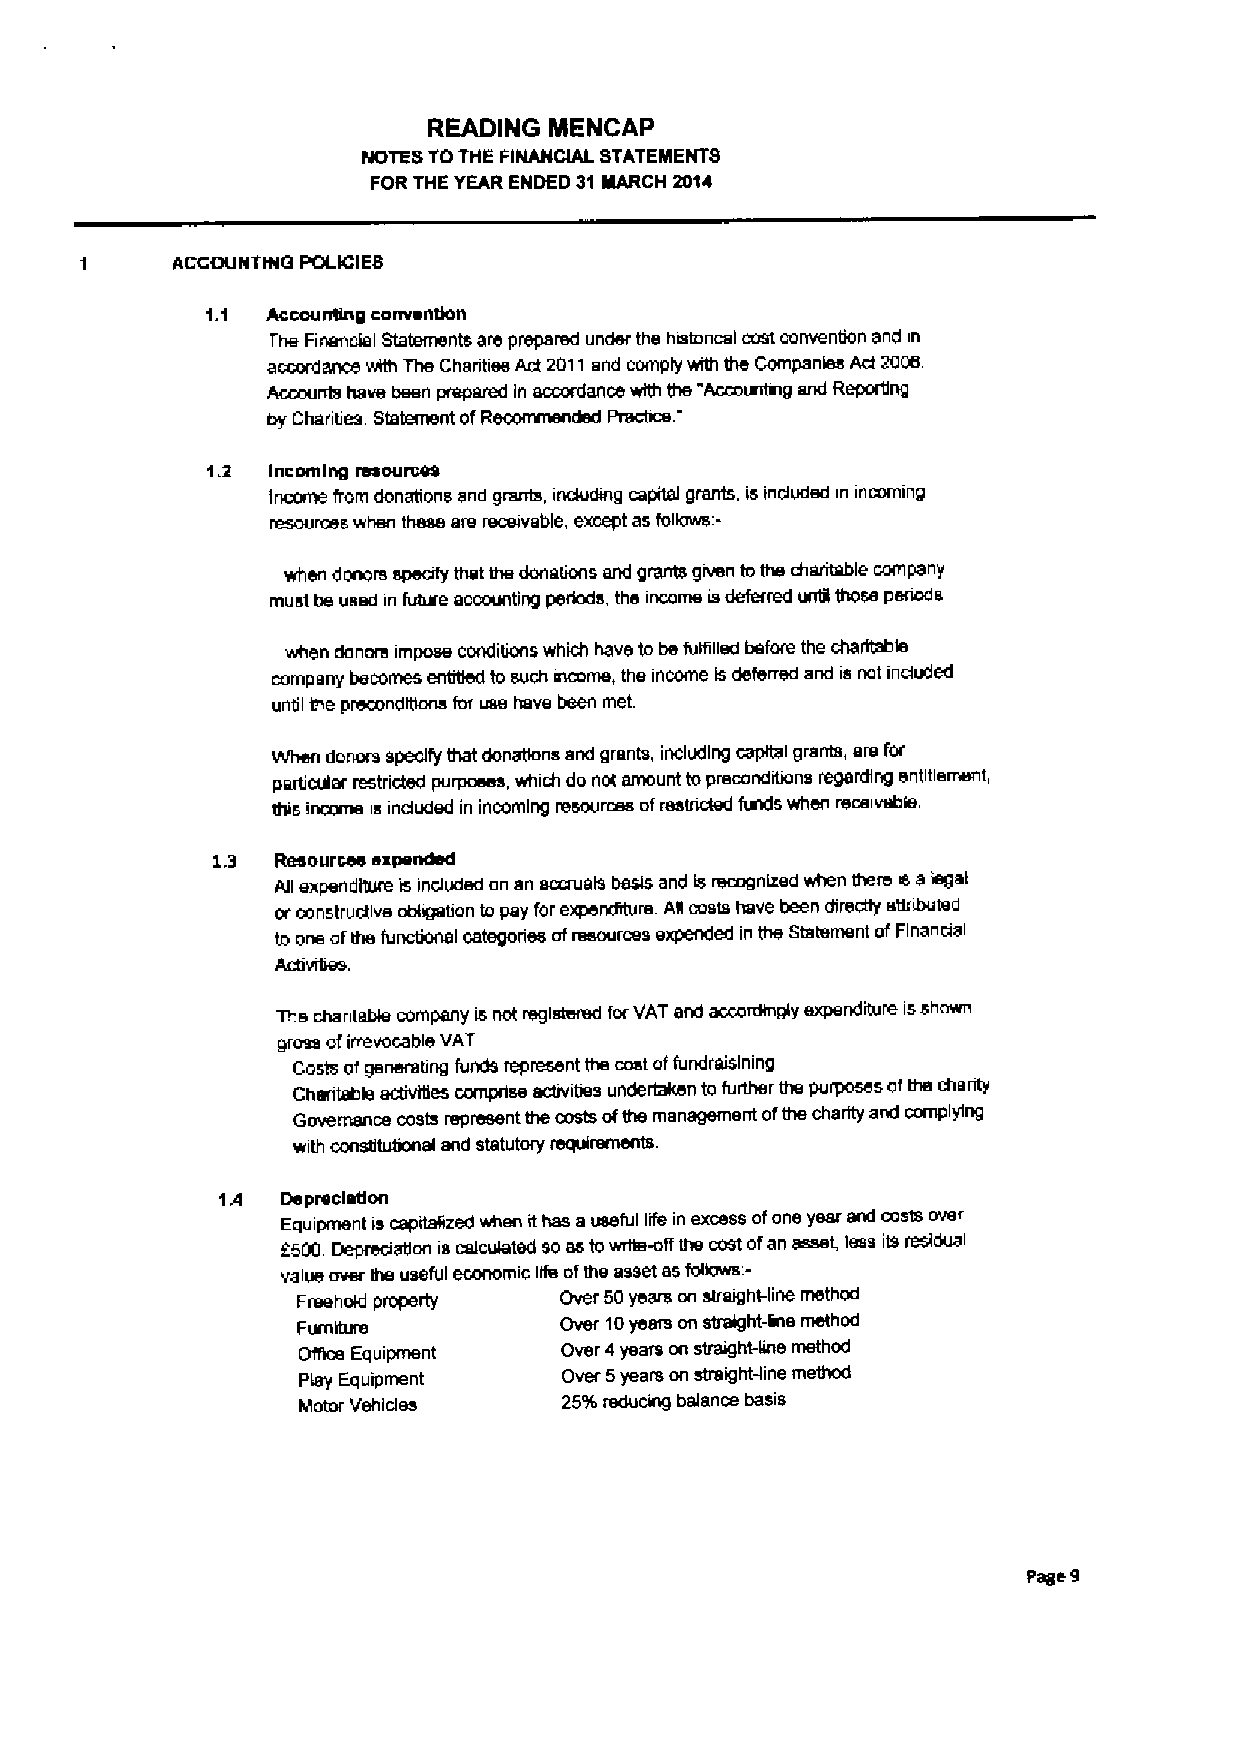
READING MENCAP
 NOTES TOTHE FINANCIAL STATEMENTS
 FOR THE YEAR ENDED 31 MARCH 2014
 ACCOUNTING POLICIES
 1.1 Accoungng canvendon
 The Finendel Statements are prepared under the histoncal cost convention end in
 acaxdance wilh The Chantiee Act 2011and comply with Ihe Companies Act 2006.
 Accounts have been preparRed ~in dacc eor ddance with the "Accorarferg and Reporilng
 by Charities Statement of Practice.
 1.2 Incoming resources
 Income from donations and grants, induding capital grants, is induded in incoming
 resources when these are receivable, except as folkxvs:-
 when donors specify that Ihe donaeons end grants given tothe charitable company
 must be used in futrxe accounting periads, the incame isdeferred unbl those periods
 when danore impose conditions which have to befulfilled before the charitable
 company becomes sodded to such stcome, the income is deferred and is not induded
 until the preconditions for use have been met.
 When donors spedfy that donatlans and grants, including capital grants, are for
 particular restricted purposes, which da niX amount topreconditions regarding entitlement,
 this income is induded in incoming resources afmstnded fixrds when receivable.
 iL3
 Reseourxces~expended
 All     is induded an an sccruakr heels and is recognized when there rs ekrget
 orconstructive obligahon ta pay for expenditure. Ae costs have been directly atlnbuted
 to one afthe functional categories afresources expended in the Statement afFinancial
 Ccbvtfrrm.
 The chanteble company is not registered forVAT and accorrengly expenditure isshown
 gross ofirrevocable VAT
 Costs ofgenerating funds represent the costaffundraislning
 Charitable ectivtfies comprise acbvities undertaken ta further the purposes ofthe charity
 Governance costs represent the costs ofthe management ofthe charity and complying
 with consfitubaflal end statutory rexplraments.
 Furniture
 1.4  Depreclirtlon
 Equipment w cepdafized when ithas auseful life in excess afane year and costs over
 6500 Depreciation is calculated so astowrhe-off the cost ofan asset, less its residual
 value over the useful economic life ofthe asset as fofiows.-
 Freehald properly Over 50years on straight-line method
 Over 10years on straight-ene method
 Oifios Equipment Over 4years on straight-line method
 Play Equipment   Over 5years an sbeight-line method
 Motor Vehides    25'k reducvrg balance basis
 Page 9